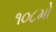
૧૦૮મો